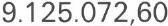
9.125.072,60